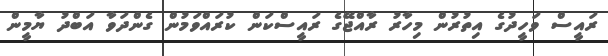
ރައީސް ވަހީދުގެ އިތުރުން މިހާރު ރާއްޖޭގެ ރައީސްކަން ކުރައްވަމުން ގެންދަވާ އަބްދު ޔާމީން